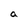
Character: a